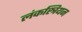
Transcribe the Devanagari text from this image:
लंकस्त्रियन